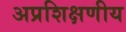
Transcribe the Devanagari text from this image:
अप्रशिक्षणीय